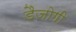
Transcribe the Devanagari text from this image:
डैजोगी